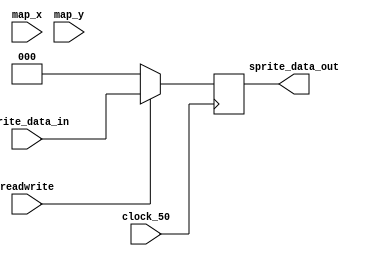
/*
	A controller used to read/write map data.
	When readwrite = 0, it is at read mode, and data at (x, y) is being outputted to data_out.
	When readwrite = 1, it is at write mode, and the data inputted in data_in gets saved at (x, y)
	When reset_n = 1, it will reset the map to default values; else it will not.
	The input pins (x, y) represents the x and y coordinates
 */
module MapController(
	input [4:0] map_x,
	input [4:0] map_y,
	input [2:0] sprite_data_in,
	output reg [2:0] sprite_data_out,
	input readwrite,
	input clock_50);

	wire [8:0] extended_map_x = {3'b000, map_x};

	wire [8:0] extended_map_y = {3'b000, map_y};


	wire [8:0] client_address;
	assign client_address = (9'd21 * extended_map_y) + extended_map_x;

	always @(posedge clock_50) begin
		if (readwrite == 1'b1)
			sprite_data_out <= sprite_data_in;
		else
			sprite_data_out <= 3'b000;
	end

endmodule